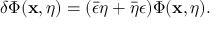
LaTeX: \delta \Phi ( \mathbf { x } , \eta ) = ( \bar { \epsilon } \eta + \bar { \eta } \epsilon ) \Phi ( \mathbf { x } , \eta ) .